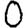
Digit: 0